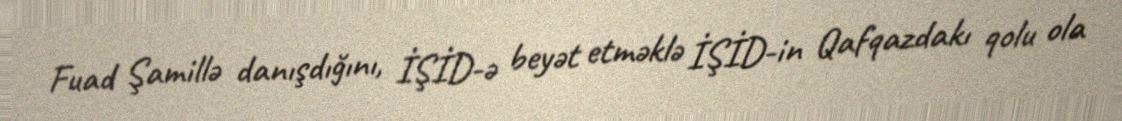
Fuad Şamillə danışdığını, İŞİD-ə beyət etməklə İŞİD-in Qafqazdakı qolu ola